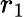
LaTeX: r_{1}